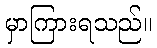
မှာကြားရသည်။